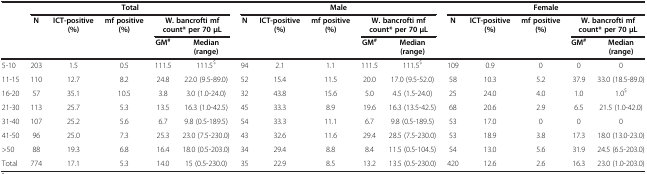
<table><thead><tr><td><b> </b></td><td colspan="5"><b>Total</b></td><td colspan="5"><b>Male</b></td><td colspan="5"><b>Female</b></td></tr><tr><td><b> </b></td><td><b>N</b></td><td><b>ICT-positive (%)</b></td><td><b>mf positive (%)</b></td><td colspan="2"><b>W. bancrofti mf count* per 70 μL</b></td><td><b>N</b></td><td><b>ICT-positive (%)</b></td><td><b>mf positive (%)</b></td><td colspan="2"><b>W. bancrofti mf count* per 70 μL</b></td><td><b>N</b></td><td><b>ICT-positive (%)</b></td><td><b>mf positive (%)</b></td><td colspan="2"><b>W. bancrofti mf count* per 70 μL</b></td></tr><tr><td><b> </b></td><td><b> </b></td><td><b> </b></td><td><b> </b></td><td><b>GM<sup>#</sup></b></td><td><b>Median (range)</b></td><td><b> </b></td><td><b> </b></td><td><b> </b></td><td><b>GM<sup>#</sup></b></td><td><b>Median (range)</b></td><td><b> </b></td><td><b> </b></td><td><b> </b></td><td><b>GM<sup>#</sup></b></td><td><b>Median (range)</b></td></tr></thead><tbody><tr><td>5-10</td><td>203</td><td>1.5</td><td>0.5</td><td>111.5</td><td>111.5<sup>$</sup></td><td>94</td><td>2.1</td><td>1.1</td><td>111.5</td><td>111.5<sup>$</sup></td><td>109</td><td>0.9</td><td>0</td><td>0</td><td>0</td></tr><tr><td>11-15</td><td>110</td><td>12.7</td><td>8.2</td><td>24.8</td><td>22.0 (9.5-89.0)</td><td>52</td><td>15.4</td><td>11.5</td><td>20.0</td><td>17.0 (9.5-52.0)</td><td>58</td><td>10.3</td><td>5.2</td><td>37.9</td><td>33.0 (18.5-89.0)</td></tr><tr><td>16-20</td><td>57</td><td>35.1</td><td>10.5</td><td>3.8</td><td>3.0 (1.0-24.0)</td><td>32</td><td>43.8</td><td>15.6</td><td>5.0</td><td>4.5 (1.5-24.0)</td><td>25</td><td>24.0</td><td>4.0</td><td>1.0</td><td>1.0<sup>$</sup></td></tr><tr><td>21-30</td><td>113</td><td>25.7</td><td>5.3</td><td>13.5</td><td>16.3 (1.0-42.5)</td><td>45</td><td>33.3</td><td>8.9</td><td>19.6</td><td>16.3 (13.5-42.5)</td><td>68</td><td>20.6</td><td>2.9</td><td>6.5</td><td>21.5 (1.0-42.0)</td></tr><tr><td>31-40</td><td>107</td><td>25.2</td><td>5.6</td><td>6.7</td><td>9.8 (0.5-189.5)</td><td>54</td><td>33.3</td><td>11.1</td><td>6.7</td><td>9.8 (0.5-189.5)</td><td>53</td><td>17.0</td><td>0</td><td>0</td><td>0</td></tr><tr><td>41-50</td><td>96</td><td>25.0</td><td>7.3</td><td>25.3</td><td>23.0 (7.5-230.0)</td><td>43</td><td>32.6</td><td>11.6</td><td>29.4</td><td>28.5 (7.5-230.0)</td><td>53</td><td>18.9</td><td>3.8</td><td>17.3</td><td>18.0 (13.0-23.0)</td></tr><tr><td>&gt;50</td><td>88</td><td>19.3</td><td>6.8</td><td>16.4</td><td>18.0 (0.5-203.0)</td><td>34</td><td>29.4</td><td>8.8</td><td>8.4</td><td>11.5 (0.5-104.5)</td><td>54</td><td>13.0</td><td>5.6</td><td>31.9</td><td>24.5 (6.5-203.0)</td></tr><tr><td>Total</td><td>774</td><td>17.1</td><td>5.3</td><td>14.0</td><td>15 (0.5-230.0)</td><td>35</td><td>22.9</td><td>8.5</td><td>13.2</td><td>13.5 (0.5-230.0)</td><td>420</td><td>12.6</td><td>2.6</td><td>16.3</td><td>23.0 (1.0-203.0)</td></tr></tbody></table>